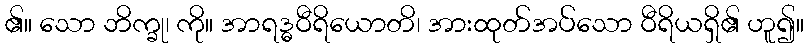
၏။ သော ဘိက္ခု၊ ကို။ အာရဒ္ဓဝီရိယောတိ၊ အားထုတ်အပ်သော ဝီရိယရှိ၏ ဟူ၍။